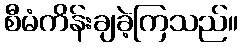
စီမံကိန်းချခဲ့ကြသည်။